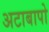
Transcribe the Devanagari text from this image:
अटाबापो